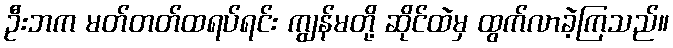
ဦးဘက မတ်တတ်ထရပ်ရင်း ကျွန်မတို့ ဆိုင်ထဲမှ ထွက်လာခဲ့ကြသည်။